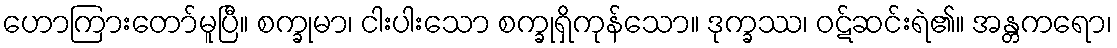
ဟောကြားတော်မူပြီ။ စက္ခုမာ၊ ငါးပါးသော စက္ခုရှိကုန်သော။ ဒုက္ခဿ၊ ဝဋ်ဆင်းရဲ၏။ အန္တကရော၊